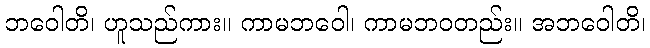
ဘဝေါတိ၊ ဟူသည်ကား။ ကာမဘဝေါ၊ ကာမဘဝတည်း။ အဘဝေါတိ၊